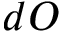
d O